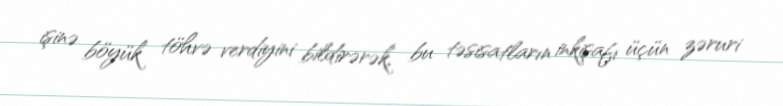
işinə böyük töhvə verdiyini bildirərək, bu təsisatların inkişafı üçün zəruri